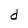
Character: d